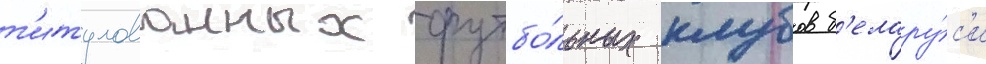
т'итулованных футбо́льных клубов б'елару́с'и